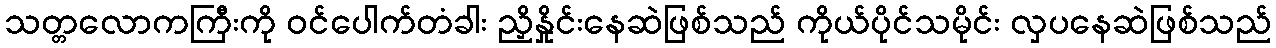
သတ္တလောကကြီးကို ဝင်ပေါက်တံခါး ညှိနှိုင်းနေဆဲဖြစ်သည် ကိုယ်ပိုင်သမိုင်း လှပနေဆဲဖြစ်သည်